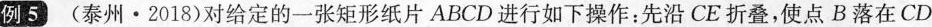
例5 (泰州·2018)对给定的一张矩形纸片ABCD进行如下操作：先沿CE折叠，使点B落在CD